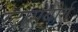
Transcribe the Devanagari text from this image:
स्ट्रासबोर्ग